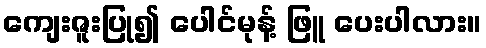
ကျေးဇူးပြု၍ ပေါင်မုန့် ဖြူ ပေးပါလား။